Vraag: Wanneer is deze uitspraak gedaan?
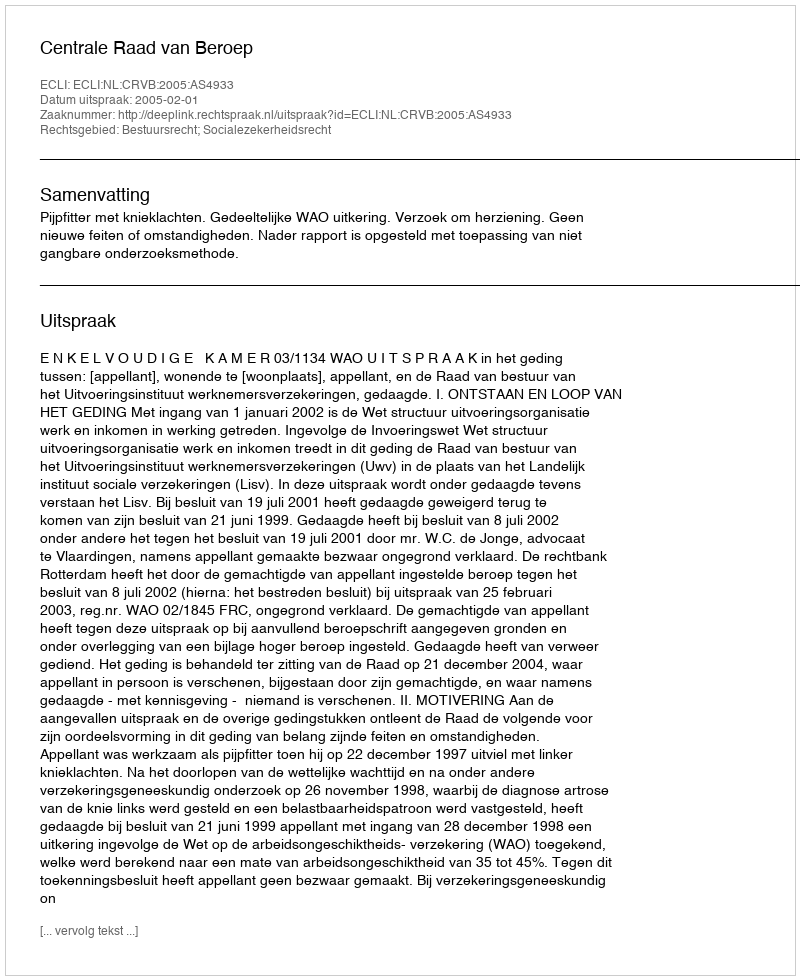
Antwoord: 2005-02-01